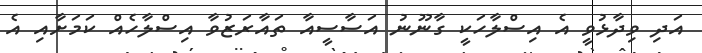
އަދި ވިދާޅުވީ އެ އިސްލާހަކީ ގާނޫނު އަސާސީއާ ތައާރަޒުވާ އިސްލާހެއް ކަމަށާއި އެ